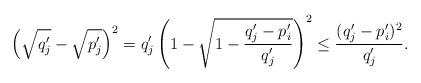
LaTeX: \begin{align*}\left( \sqrt{q'_j} - \sqrt{p'_j}\right)^2 = q'_j\left( 1 - \sqrt{1 - \frac{q'_j - p'_i}{q'_j}}\right)^2 \leq \frac{(q'_j - p'_i)^2}{q'_j}.\end{align*}